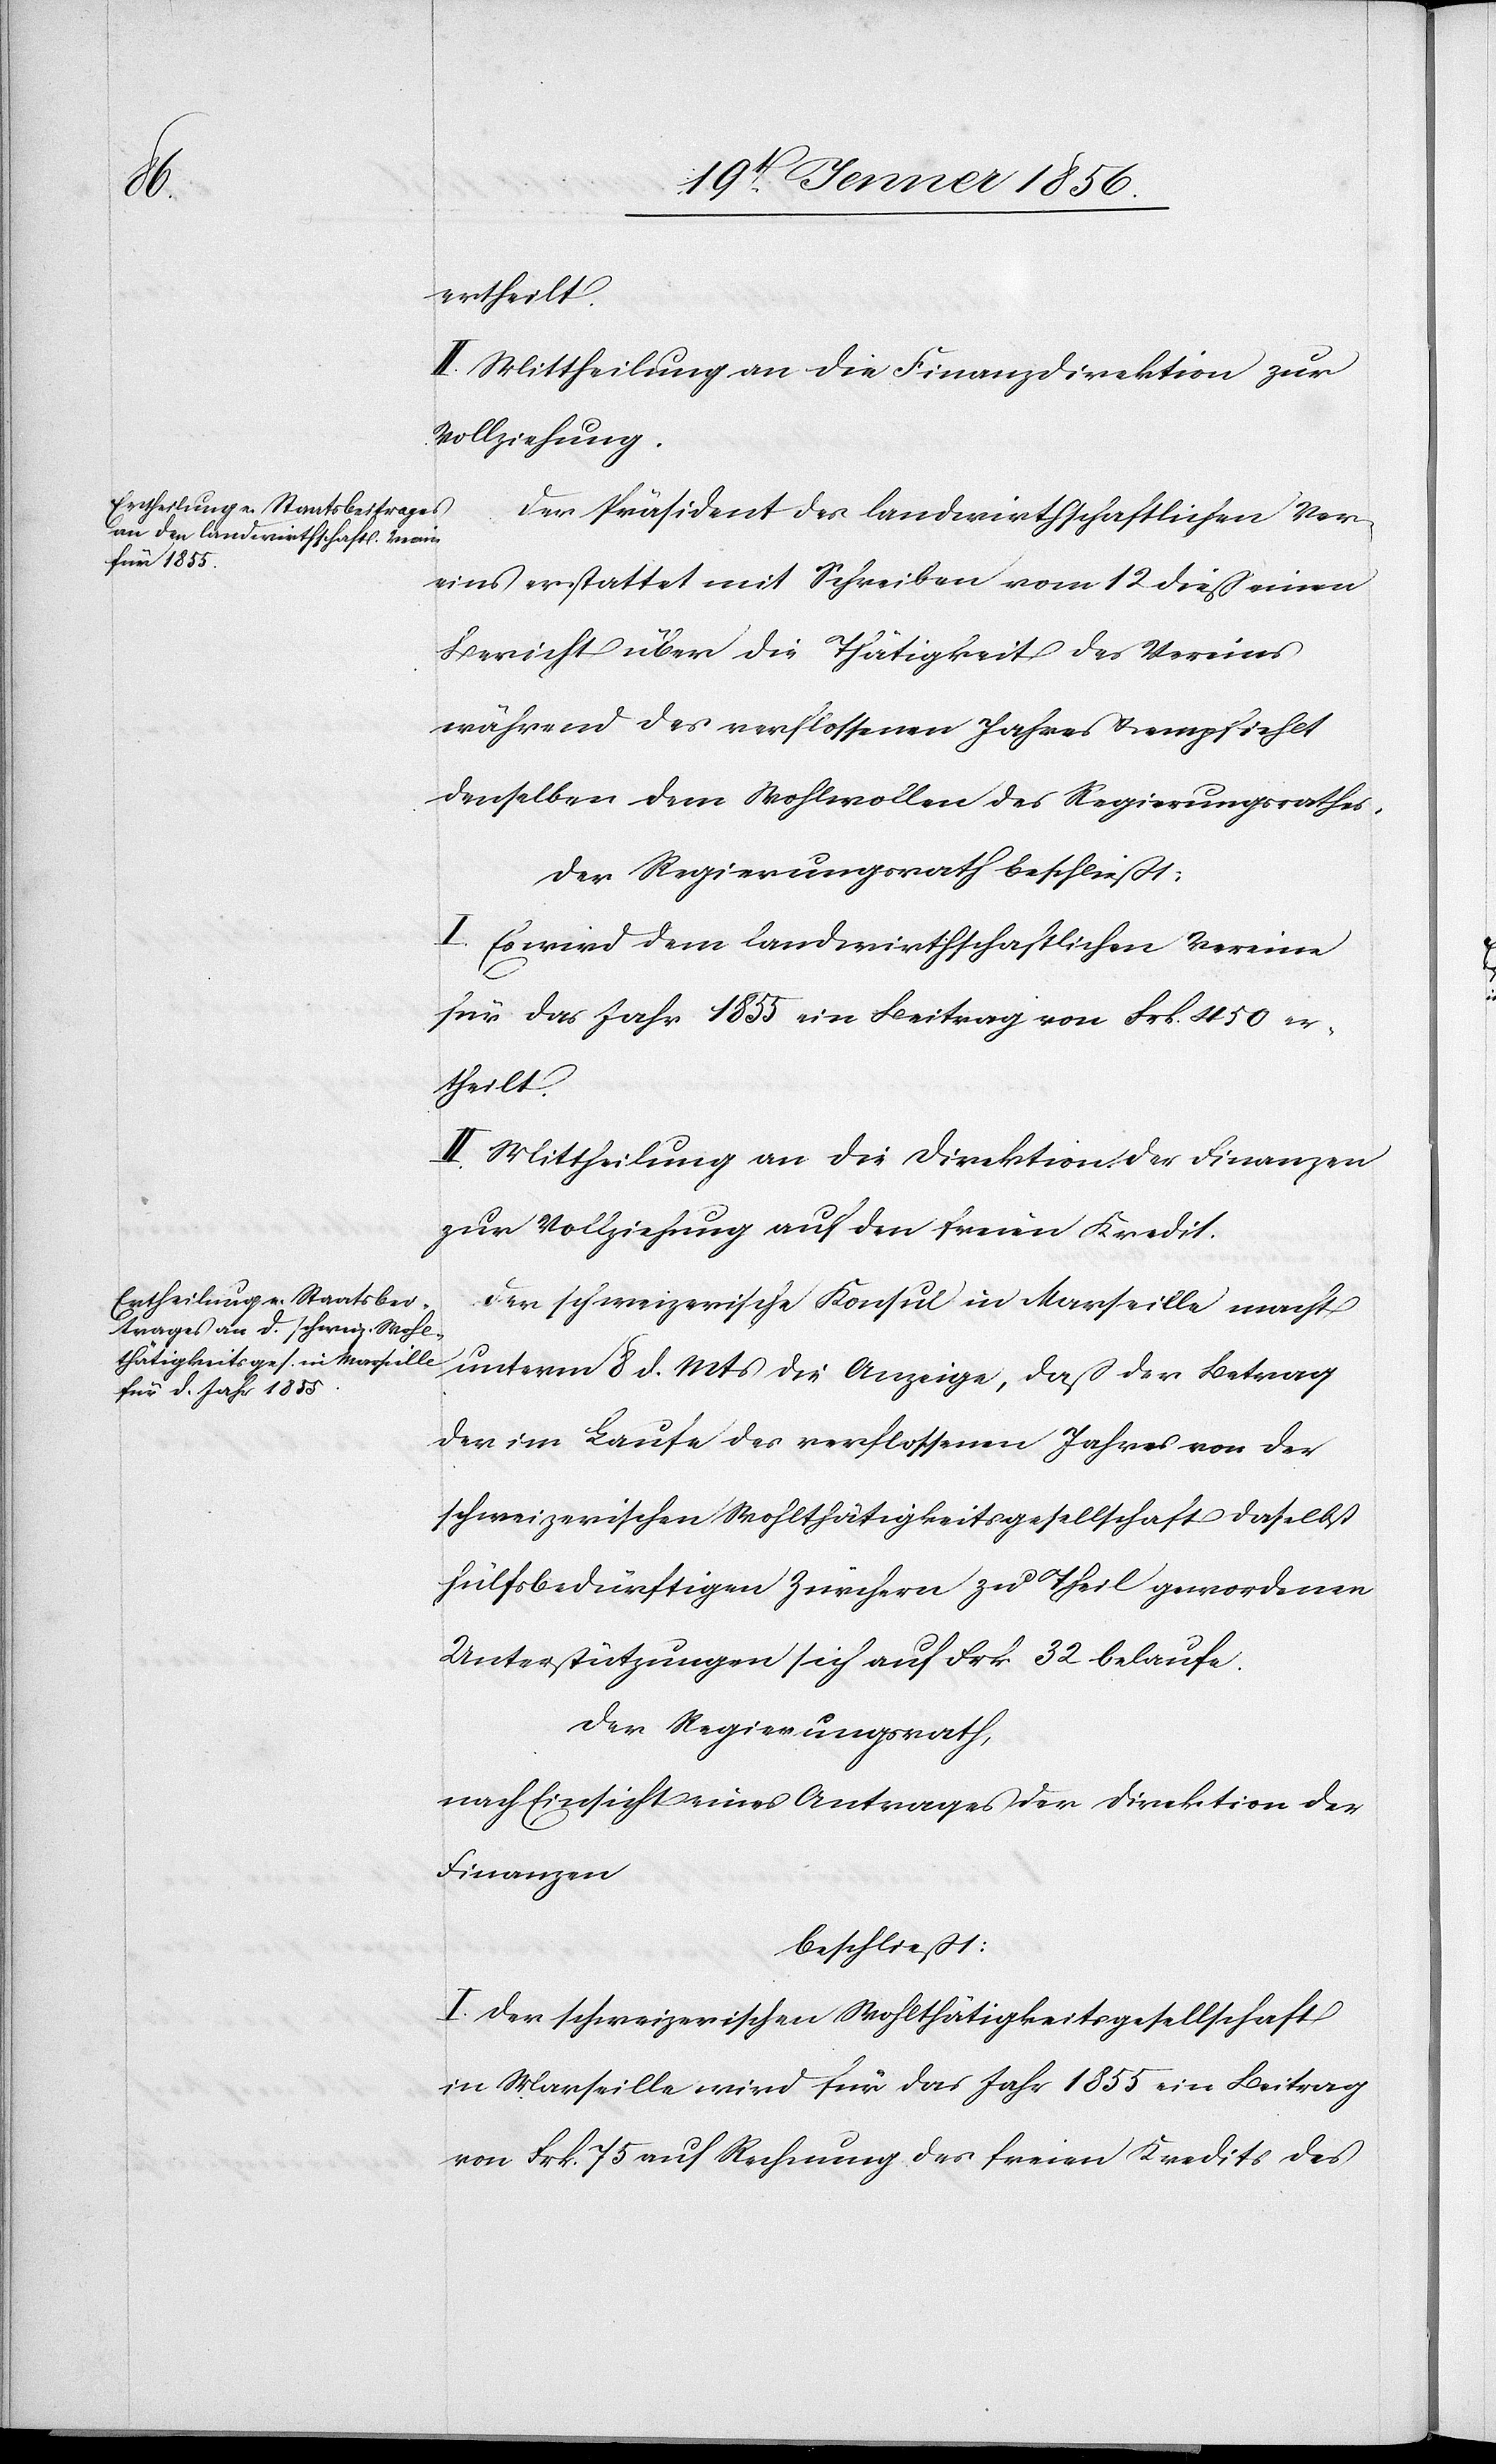
ertheilt.
II. Mittheilung an die Finanzdirektion zur
Vollziehung.
Der Präsident des landwirtschaftlichen Ver¬
eins erstattet mit Schreiben vom 12 dieß einen
Bericht über die Thätigkeit des Vereins
während des verflossenen Jahres u. empfiehlt
denselben dem Wohlwollen des Regierungsrathes.
Der Regierungsrath beschließt:
I. Es wird dem landwirtschaftlichen Verein
für das Jahr 1855 ein Beitrag von Frk. 450 er¬
theilt.
II. Mittheilung an die Direktion der Finanzen
zur Vollziehung auf den freien Kredit.
Der schweizerische Konsul in Marseille macht
unterm 8 d. Mts die Anzeige, daß der Betrag
der im Laufe des verflossenen Jahres von der
schweizerischen Wohltätigkeitsgesellschaft daselbst
hülfsbedürftigen Zürchern zu Theil gewordenen
Unterstützungen sich auf Frk 32 belaufe.
Der Regierungsrath,
nach Einsicht eines Antrages der Direktion der
Finanzen
beschließt:
I. Der schweizerischen Wohltätigkeitsgesellschaft
in Marseille wird für das Jahr 1855 ein Beitrag
von Frk. 75 auf Rechnung des freien Kredits des